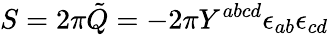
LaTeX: S=2\pi\tilde{Q}=-2\pi Y^{abcd}\epsilon_{ab}{\epsilon}_{cd}